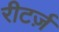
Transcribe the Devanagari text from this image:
रीटर्ज़